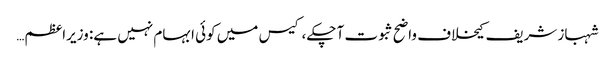
شہباز شریف کیخلاف واضح ثبوت آ چکے، کیس میں کوئی ابہام نہیں ہے: وزیراعظم…